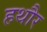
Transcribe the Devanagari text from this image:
हथौर